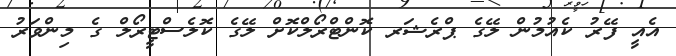
އެއީ ފޭރު ކެއުމުން ލޭގެ ޕްރެޝަރ ކޮންޓްރޯލްކޮށް ލޭގެ ކޮލެސްޓީރޯލް ގެ މިންވަރު